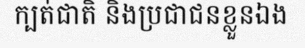
ក្បត់ជាតិ និងប្រជាជនខ្លួនឯង